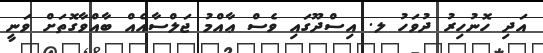
އަދި ހޮނުހިރު ދުވަހު ލ. އިސްދޫގައި ވެސް ޢާއްމު ޖަލްސާއެއް ބާއްވާގޮތަށް ވަނީ